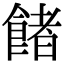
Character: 𩜼